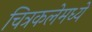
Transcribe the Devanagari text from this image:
चित्रकलेमध्ये